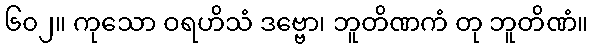
၆၀၂။ ကုသော ဝရဟိသံ ဒဗ္ဗော၊ ဘူတိဏကံ တု ဘူတိဏံ။